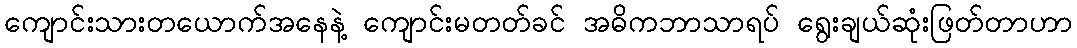
ကျောင်းသားတယောက်အနေနဲ့ ကျောင်းမတတ်ခင် အဓိကဘာသာရပ် ရွေးချယ်ဆုံးဖြတ်တာဟာ